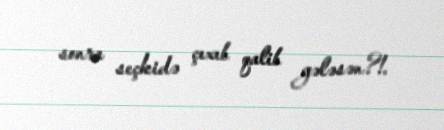
sonra seçkidə çıxıb qalib gələsən?!.